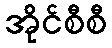
အိုင်စီစီ